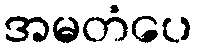
အမတံပေ